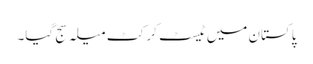
پاکستان میں ٹیسٹ کرکٹ میلہ سج گیا۔